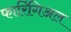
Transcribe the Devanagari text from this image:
फारिंगिअल